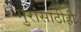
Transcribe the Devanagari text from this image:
गुरांसाठीही